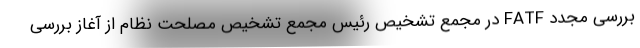
بررسی مجدد FATF در مجمع تشخیص رئیس مجمع تشخیص مصلحت نظام از آغاز بررسی